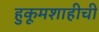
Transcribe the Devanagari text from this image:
हुकूमशाहीची